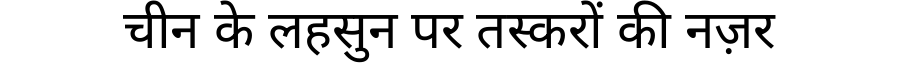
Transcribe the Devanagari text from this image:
चीन के लहसुन पर तस्करों की नज़र